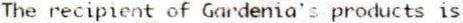
THE RECIPIENT OF GARDENIA'S PRODUCTS IS